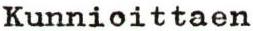
Kunnioittaen